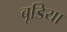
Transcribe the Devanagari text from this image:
बूडिया